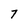
Character: 7